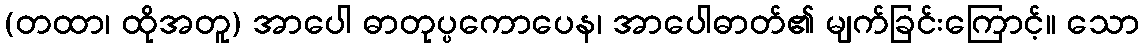
(တထာ၊ ထိုအတူ) အာပေါ ဓာတုပ္ပကောပေန၊ အာပေါဓာတ်၏ မျက်ခြင်းကြောင့်။ သော